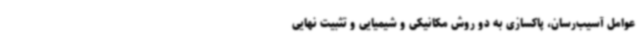
عوامل آسیب‌رسان، پاکسازی به دو روش مکانیکی و شیمیایی و تثبیت نهایی